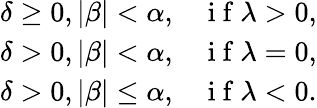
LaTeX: \begin{array}{ll}{\delta\geq 0,|\beta|<\alpha,}&{\mathrm{~i~f~}\lambda>0,}\\ {\delta>0,|\beta|<\alpha,}&{\mathrm{~i~f~}\lambda=0,}\\ {\delta>0,|\beta|\leq\alpha,}&{\mathrm{~i~f~}\lambda<0.}\end{array}